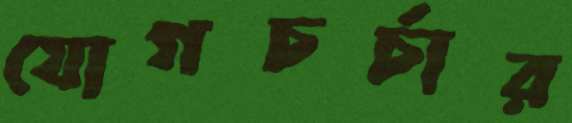
যোগচর্চার